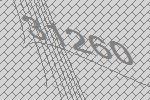
31260